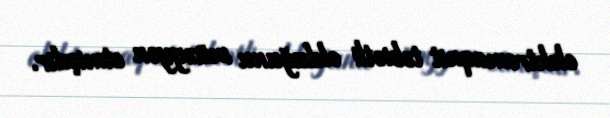
elektromaqnit təbiətli olduğunu müəyyən etmişdir.